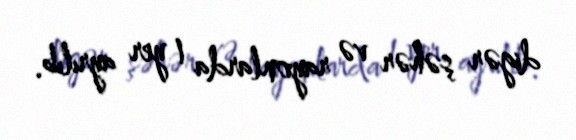
digər şəhər və rayonlarda 1 yer ayrılıb.